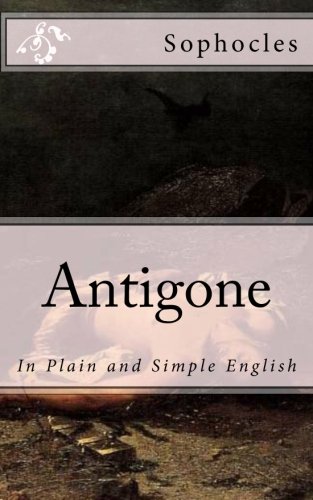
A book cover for Antigone: In Plain and Simple English; Sophocles; Literature & Fiction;